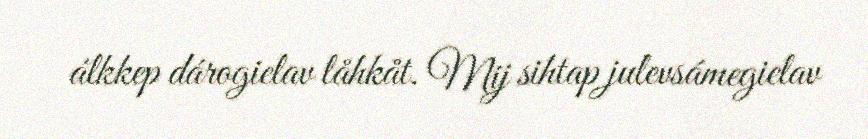
álkkep dárogielav låhkåt. Mij sihtap julevsámegielav